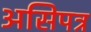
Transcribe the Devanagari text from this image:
असिपत्र